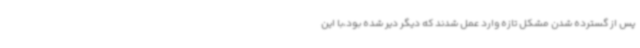
پس از گسترده شدن مشکل تازه وارد عمل شدند که دیگر دیر شده بود،با این